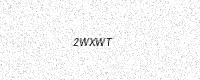
Text: 2WXWT